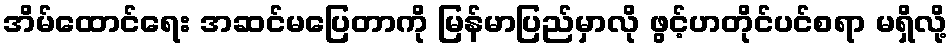
အိမ်ထောင်ရေး အဆင်မပြေတာကို မြန်မာပြည်မှာလို ဖွင့်ဟတိုင်ပင်စရာ မရှိလို့